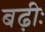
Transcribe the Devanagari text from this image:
बढ़ीः